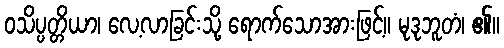
ဝသိပ္ပတ္တိယာ၊ လေ့လာခြင်းသို့ ရောက်သောအားဖြင့်။ မုဒုဘူတံ၊ ၏။